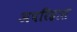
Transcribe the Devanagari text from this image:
अपरिहास